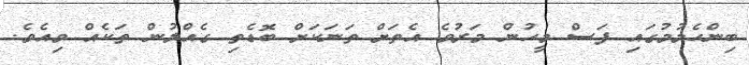
ބިންހެލުމުގައި ފަސް މީހުން މަރުވެ އެތަށް ތަނަކަށް ބޮޑެތި ގެއްލުން ތަކެއް ވިއެވެ.